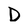
Character: D